Report of the King Institute of Preventive Medicine, Guindy
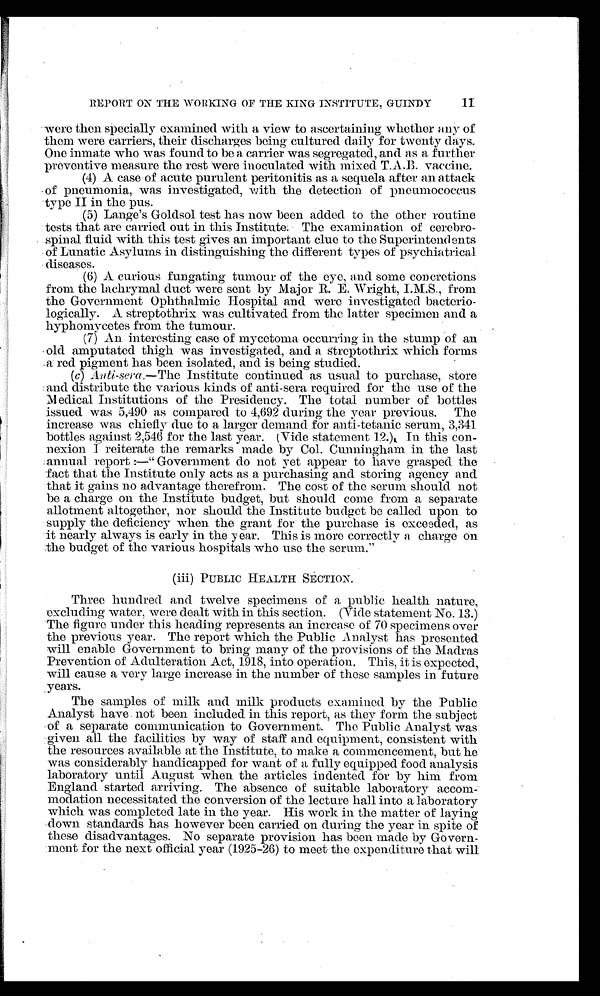
11
REPORT ON THE WORKING OF THE KING INSTITUTE, GUINDY
were then specially examined with a view to ascertaining whether any of
them were carriers, their discharges being cultured daily for twenty days.
One inmate who was found to be a carrier was segregated, and as a further
preventive measure the rest were inoculated with mixed T.A.B. vaccine.
(4) A case of acute purulent peritonitis as a sequela after an attack
of pneumonia, was investigated, with the detection of pneumococcus
type II in the pus.
(5) Lange's Goldsol test has now been added to the other routine
tests that are carried out in this Institute. The examination of cerebro
-
spinal fluid with this test gives an important clue to the Superintendents
of Lunatic Asylums in distinguishing the different types of psychiatrical
diseases.
(6) A curious fungating tumour of the eye, and some concretions
from the lachrymal duct were sent by Major R. E. Wright, I.M.S., from
the Government Ophthalmic Hospital and were investigated bacterio
- l o g i c a l l y . A s t r e p t o t h r i x w a s c u l t i v a t e d f r o m t h e l a t t e r s p e c i m e n a n d a
hyphomycetes from the tumour.
(7) An interesting case of mycetoma occurring in the stump of an
old amputated thigh was investigated, and a streptothrix which forms
a red pigment has been isolated, and is being studied.
( c) Anti-sera .—The Institute continued as usual to purchase, store
and distribute the various kinds of anti-sera required for the use of the
Medical Institutions of the Presidency. The total number of bottles
issued was 5,490 as compared to 4,692 during the year previous. The
increase was chiefly due to a larger demand for anti-tetanic serum, 3,341
bottles against 2,546 for the last year. (Vide statement 12.). In this con
- n e x i o n I r e i t e r a t e t h e r e m a r k s m a d e b y C o l . C u n n i n g h a m i n t h e l a s t
annual report:—"Government do not yet appear to have grasped the
fact that the Institute only acts as a purchasing and storing agency and
that it gains no advantage therefrom. The cost of the serum should not
be a charge on the Institute budget, but should come from a separate
allotment altogether, nor should the Institute budget be called upon to
supply the deficiency when the grant for the purchase is exceeded, as
it nearly always is early in the year. This is more correctly a charge on
the budget of the various hospitals who use the serum.
(iii) PUBLIC HEALTH SECTION.
Three hundred and twelve specimens of a public health nature,
excluding water, were dealt with in this section. (Vide statement No. 13.)
The figure under this heading represents an increase of 70 specimens over
the previous year. The report which the Public Analyst has presented
will enable Government to bring many of the provisions of the Madras
Prevention of Adulteration Act, 1918, into operation. This, it is expected,
will cause a very large increase in the number of these samples in future
years.
The samples of milk and milk products examined by the Public
Analyst have not been included in this report, as they form the subject
of a separate communication to Government. The Public Analyst was
given all the facilities by way of staff and equipment, consistent with
the resources available at the Institute, to make a commencement, but he
was considerably handicapped for want of a fully equipped food analysis
laboratory until August when the articles indented for by him from
England started arriving. The absence of suitable laboratory accom
- m o d a t i o n n e c e s s i t a t e d t h e c o n v e r s i o n o f t h e l e c t u r e h a l l i n t o a l a b o r a t o r y
which was completed late in the year. His work in the matter of laying
down standards has however been carried on during the year in spite of
these disadvantages. No separate provision has been made by Govern
- m e n t f o r t h e n e x t o f f i c i a l y e a r ( 1 9 2 5 - 2 6 ) t o m e e t t h e e x p e n d i t u r e t h a t w i l l